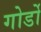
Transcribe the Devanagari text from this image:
गोर्डो